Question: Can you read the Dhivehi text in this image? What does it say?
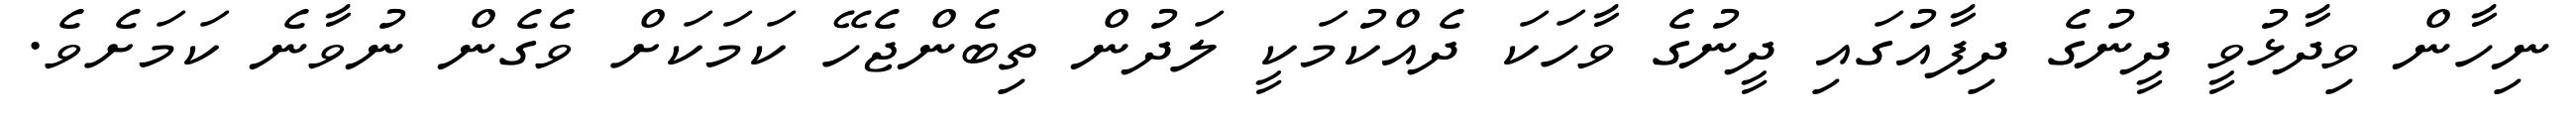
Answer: ނިހާން ވިދާޅުވީ ދީނުގެ ދިފާއުގައި ދީނުގެ ވާހަކަ ދެއްކުމަކީ ލަދުން ތިބެންޖެހޭ ކަމަކަށް ވެގެން ނުވާނެ ކަމަށެވެ.